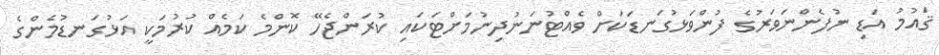
ޤައުމު އަޑި ނުފެންނަވަރުގެ ފުންވަޅުގަނޑަކަށް ވެއްޓުނަނުދިނުމަށްޓަކައި ކުރަންޖެހޭ ކޮންމެ ކަމެއް ކުރުމަކީ އަޅުގަނޑުމެންގެ